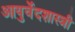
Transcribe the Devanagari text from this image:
आयुर्वेदशास्‍त्री